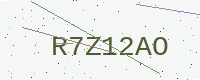
Text: R7Z12AO